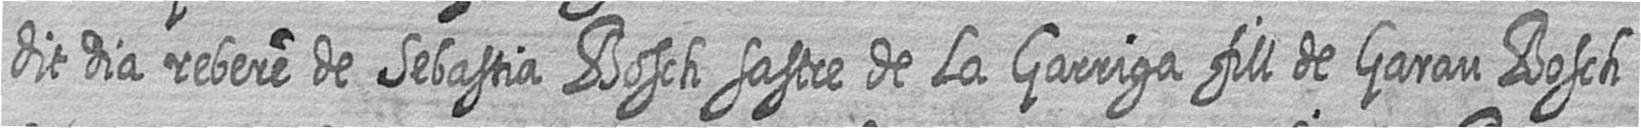
dit dia rebere de Sebastia Bosch sastre de La Garriga fill de Garau Bosch